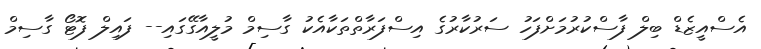
އެސްއީޒެޑް ބިލް ފާސްކުރުމަށްފަހު ސަރުކާރުގެ އިސްފަރާތްތަކާއެކު ގާސިމް މުލީއާގޭގައި-- ފައިލް ފޮޓޯ ގާސިމް